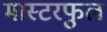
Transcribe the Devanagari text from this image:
मास्टरफुल